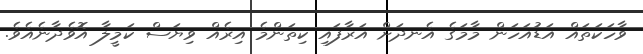
ވާހަކަތައް އަޑުއަހަން މާމަގެ އެނދަށް އަރާފައި ކިތަންމެ އިރެއް ވިޔަސް ކަމީލާ އޮވެދާނެއެވެ.